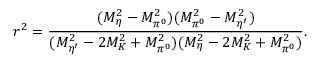
r ^ { 2 } = \frac { ( M _ { \eta } ^ { 2 } - M _ { \pi ^ { 0 } } ^ { 2 } ) ( M _ { \pi ^ { 0 } } ^ { 2 } - M _ { \eta ^ { \prime } } ^ { 2 } ) } { ( M _ { \eta ^ { \prime } } ^ { 2 } - 2 M _ { K } ^ { 2 } + M _ { \pi ^ { 0 } } ^ { 2 } ) ( M _ { \eta } ^ { 2 } - 2 M _ { K } ^ { 2 } + M _ { \pi ^ { 0 } } ^ { 2 } ) } .